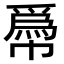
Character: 𢅌